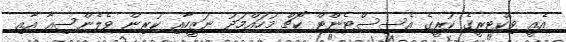
އެއީ ވިކްޓރީގެ ކުރީގެ އެސިސްޓެންޓް ކޯޗް މުހައްމަދު ނަޒީހާއި ކުރިން ވެލެންސިއާ އާއި